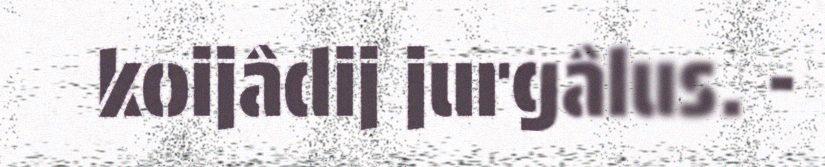
koijâdij jurgâlus. -